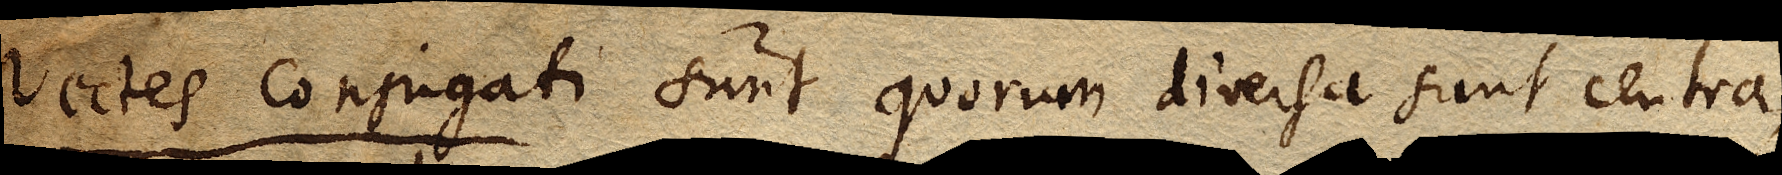
Vectes conjugati sunt quorum diversa sunt centra,